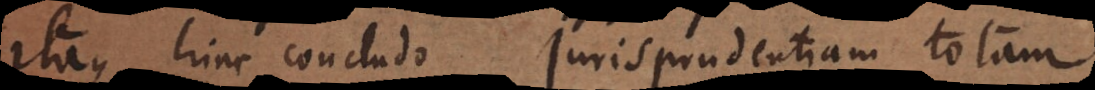
Itaque hinc concludo jurisprudentiam totam